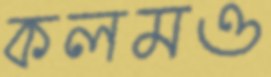
কলমও